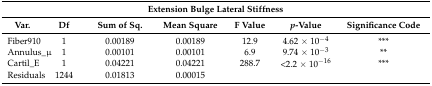
<table><thead><tr><td colspan="7"><b>Extension Bulge Lateral Stiffness</b></td></tr><tr><td><b>Var.</b></td><td><b>Df</b></td><td><b>Sum of Sq.</b></td><td><b>Mean Square</b></td><td><b>F Value</b></td><td><b><i>p</i>-Value</b></td><td><b>Significance Code</b></td></tr></thead><tbody><tr><td>Fiber910</td><td>1</td><td>0.00189</td><td>0.00189</td><td>12.9</td><td>4.62 × 10<sup>−4</sup></td><td>***</td></tr><tr><td>Annulus_μ</td><td>1</td><td>0.00101</td><td>0.00101</td><td>6.9</td><td>9.74 × 10<sup>−3</sup></td><td>**</td></tr><tr><td>Cartil_E</td><td>1</td><td>0.04221</td><td>0.04221</td><td>288.7</td><td>&lt;2.2 × 10<sup>−16</sup></td><td>***</td></tr><tr><td>Residuals</td><td>1244</td><td>0.01813</td><td>0.00015</td><td></td><td></td><td></td></tr></tbody></table>